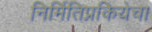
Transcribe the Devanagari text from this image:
निर्मितिप्रकियेचा